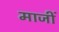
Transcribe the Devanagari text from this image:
माजीं